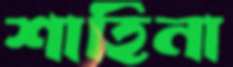
শাহিনা